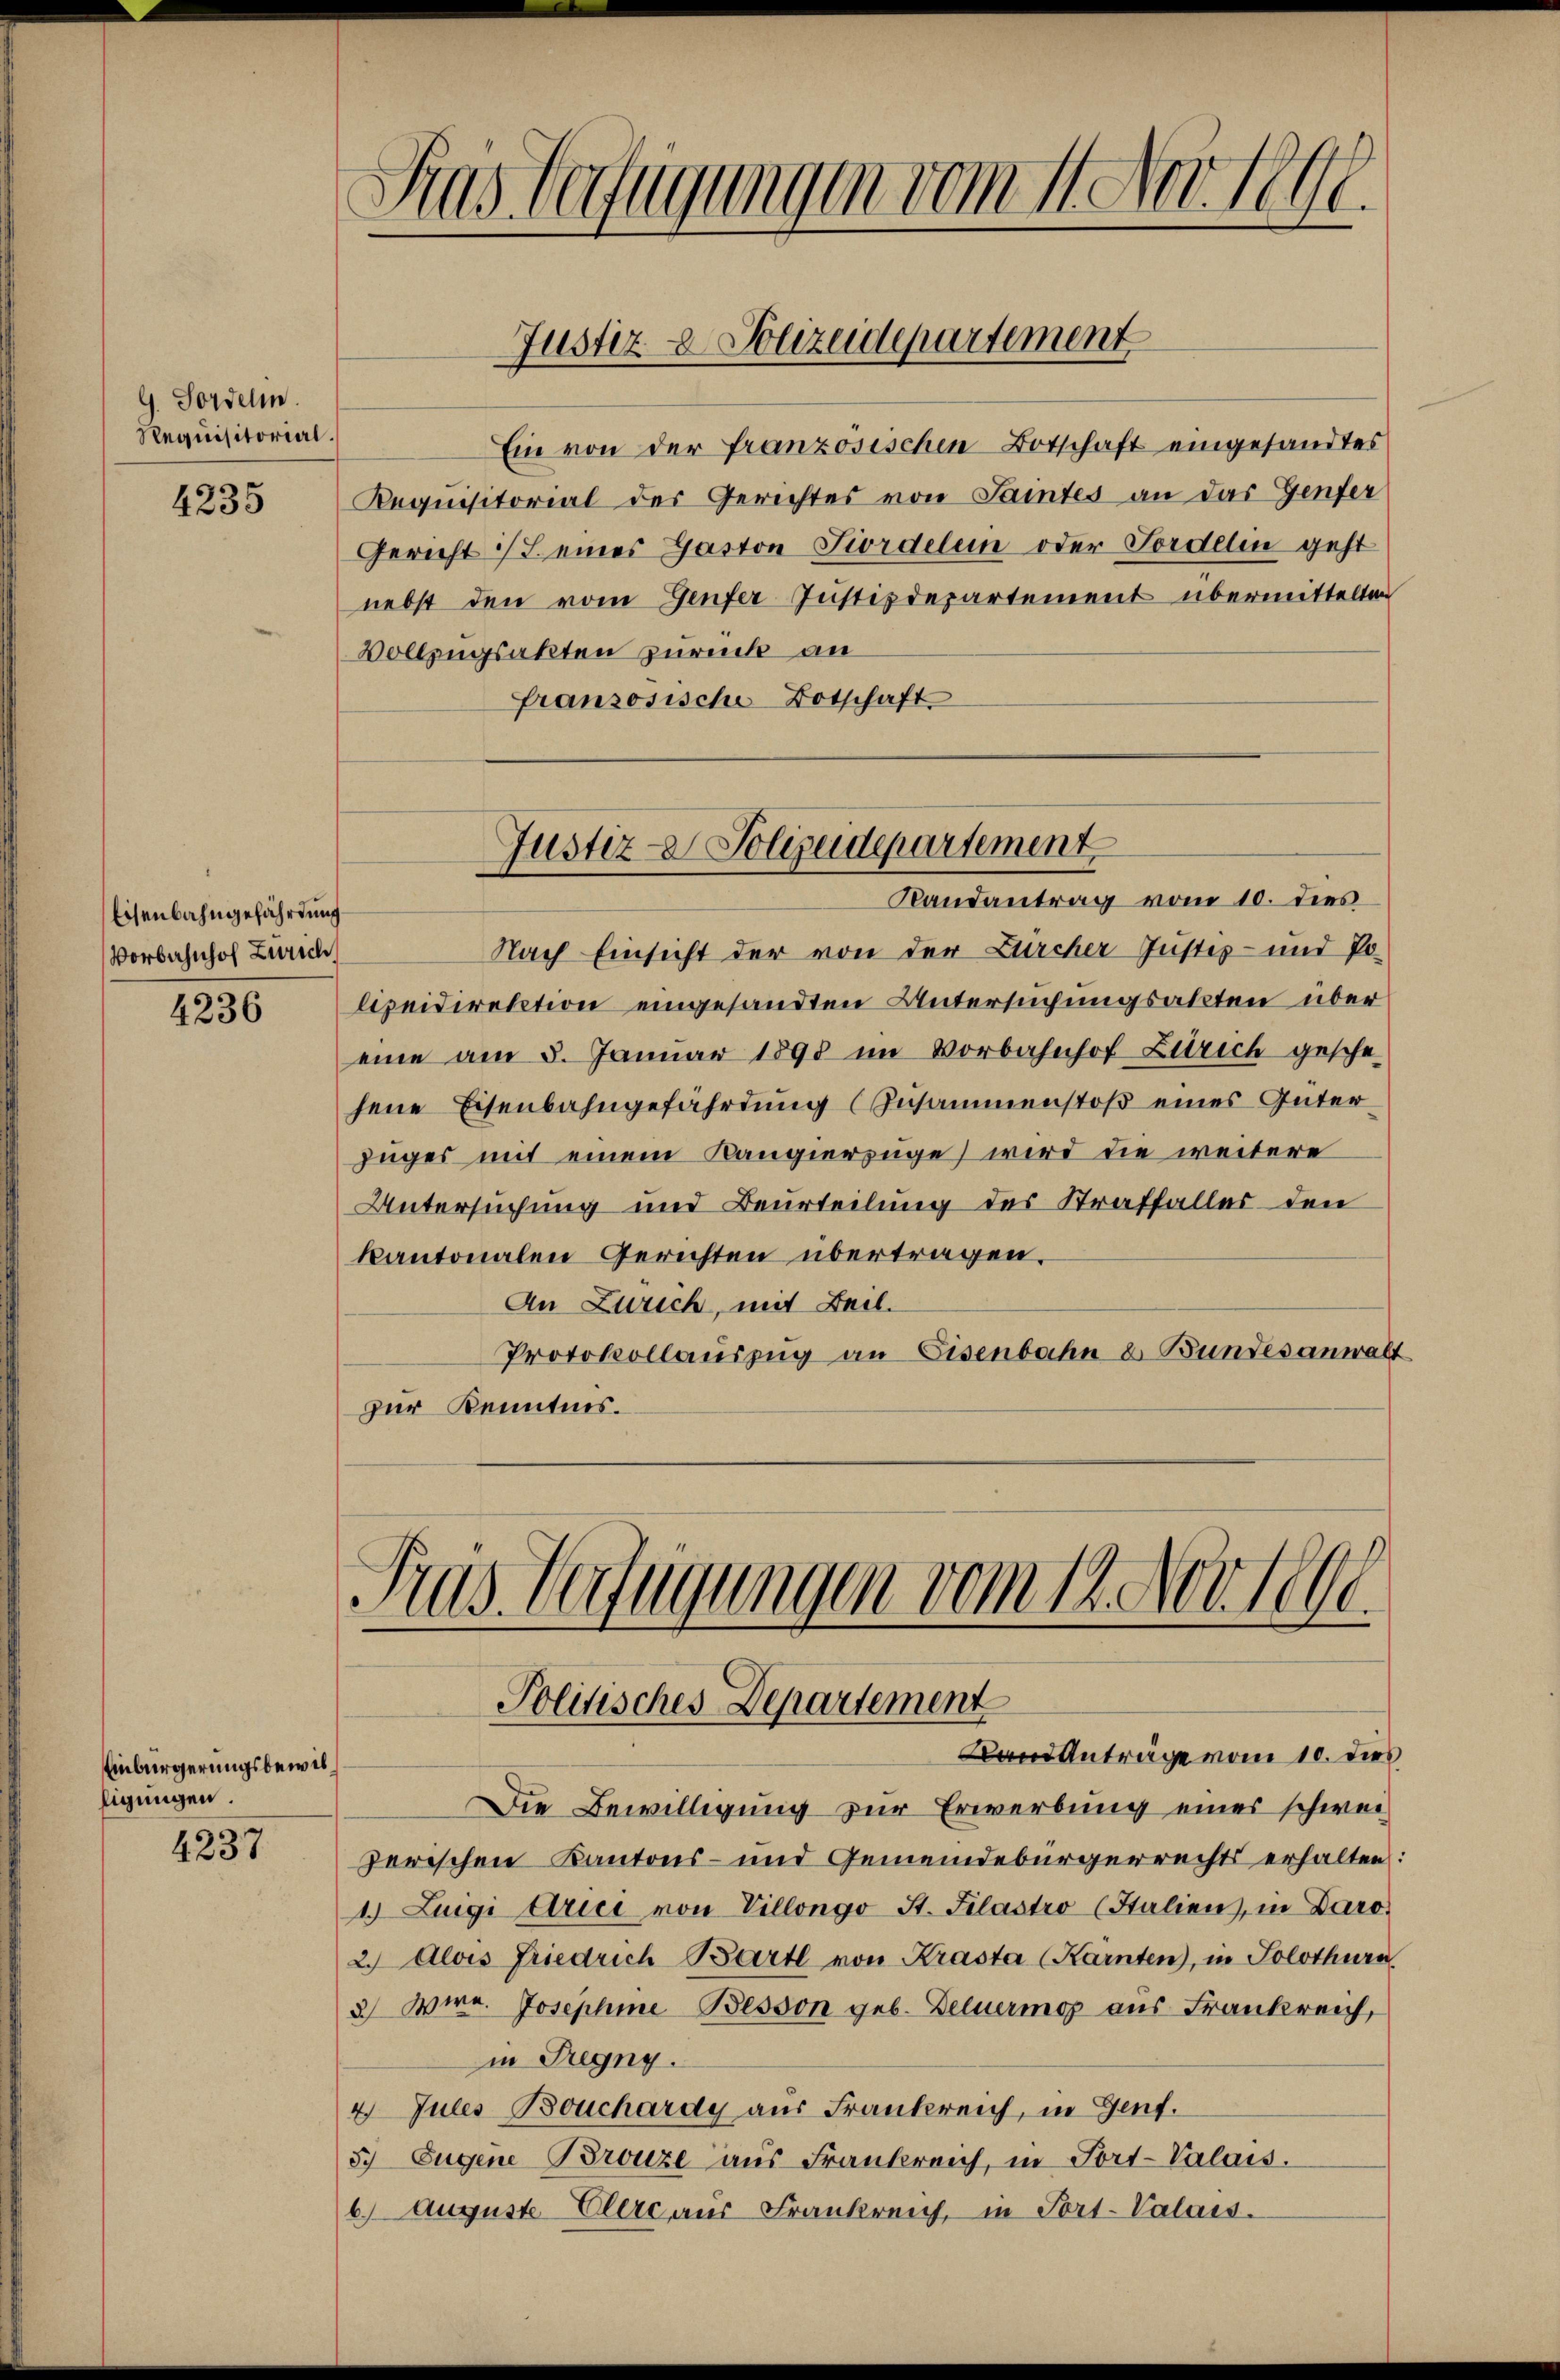
G. Fordelm.
Requisitorial.

4235

Eisenbahngefährdung
Vorbahnhof Zürich

4236

Einbürgerungsbewilligungen.

4237

Das Verfügungen vom 11. Nov. 1891.

Ein von der französischen Botschaft eingesandtes
Requisitorial der Gerichtes von Saintes an das Genfer
Gericht ist eines Gaston Piordelein oder Fordelen geht
nebst den vom Genfer Justizdepartement übermittelten
Vollzugsakten zurück an
französische Botschaft

Justiz- & Polizeidepartement

Nach Einsicht der von der Bircher Justiz- und Polizeidirektion eingesandten Untersuchungsakten über
eine am 5. Januar 1898 im Vorbahnhof Zürich gesche
jene Eisenbahngefährdung (Zusammenstoß eines Güter
zuges mit einem Kangierzuge) wird die weitere
Untersuchung und Beurteilung des Straffalles den
kantonalen Gerichten übertragen.
An Zürich, mit Beil.
Protokollauszug an Eisenbahn u. Bundesanwalt
zur Kenntnis.

Justiz- & Polizeidepartement
Randantrag vom 10. dies

I
das Verfügungen vom 12. Nov 1890.
Politisches Departement
Band Anträge vom 10. dies

Die Bewilligung zur Erwerbung einer schwei
zerischen Kantons- und Gemeindebürgerrechts erhalten:
1.) Luigi Arici von Villongo St. Filastro (Stalien, in Daro-
2. Alois Friedrich Bartl von Krasta (Karnten), in Solothurn
3) Wire. Josephine Besson geb. Deluermag aus Frankreich,
in Freyng.
4. Jules Bouchardy aus Frankreich, in Genf.
5. Eugene Bronze aus Frankreich, in Port-Valais.
6) Auguste Eltere aus Frankrei, in Port-Valais.